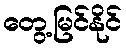
တွေ့မြင်နိုင်